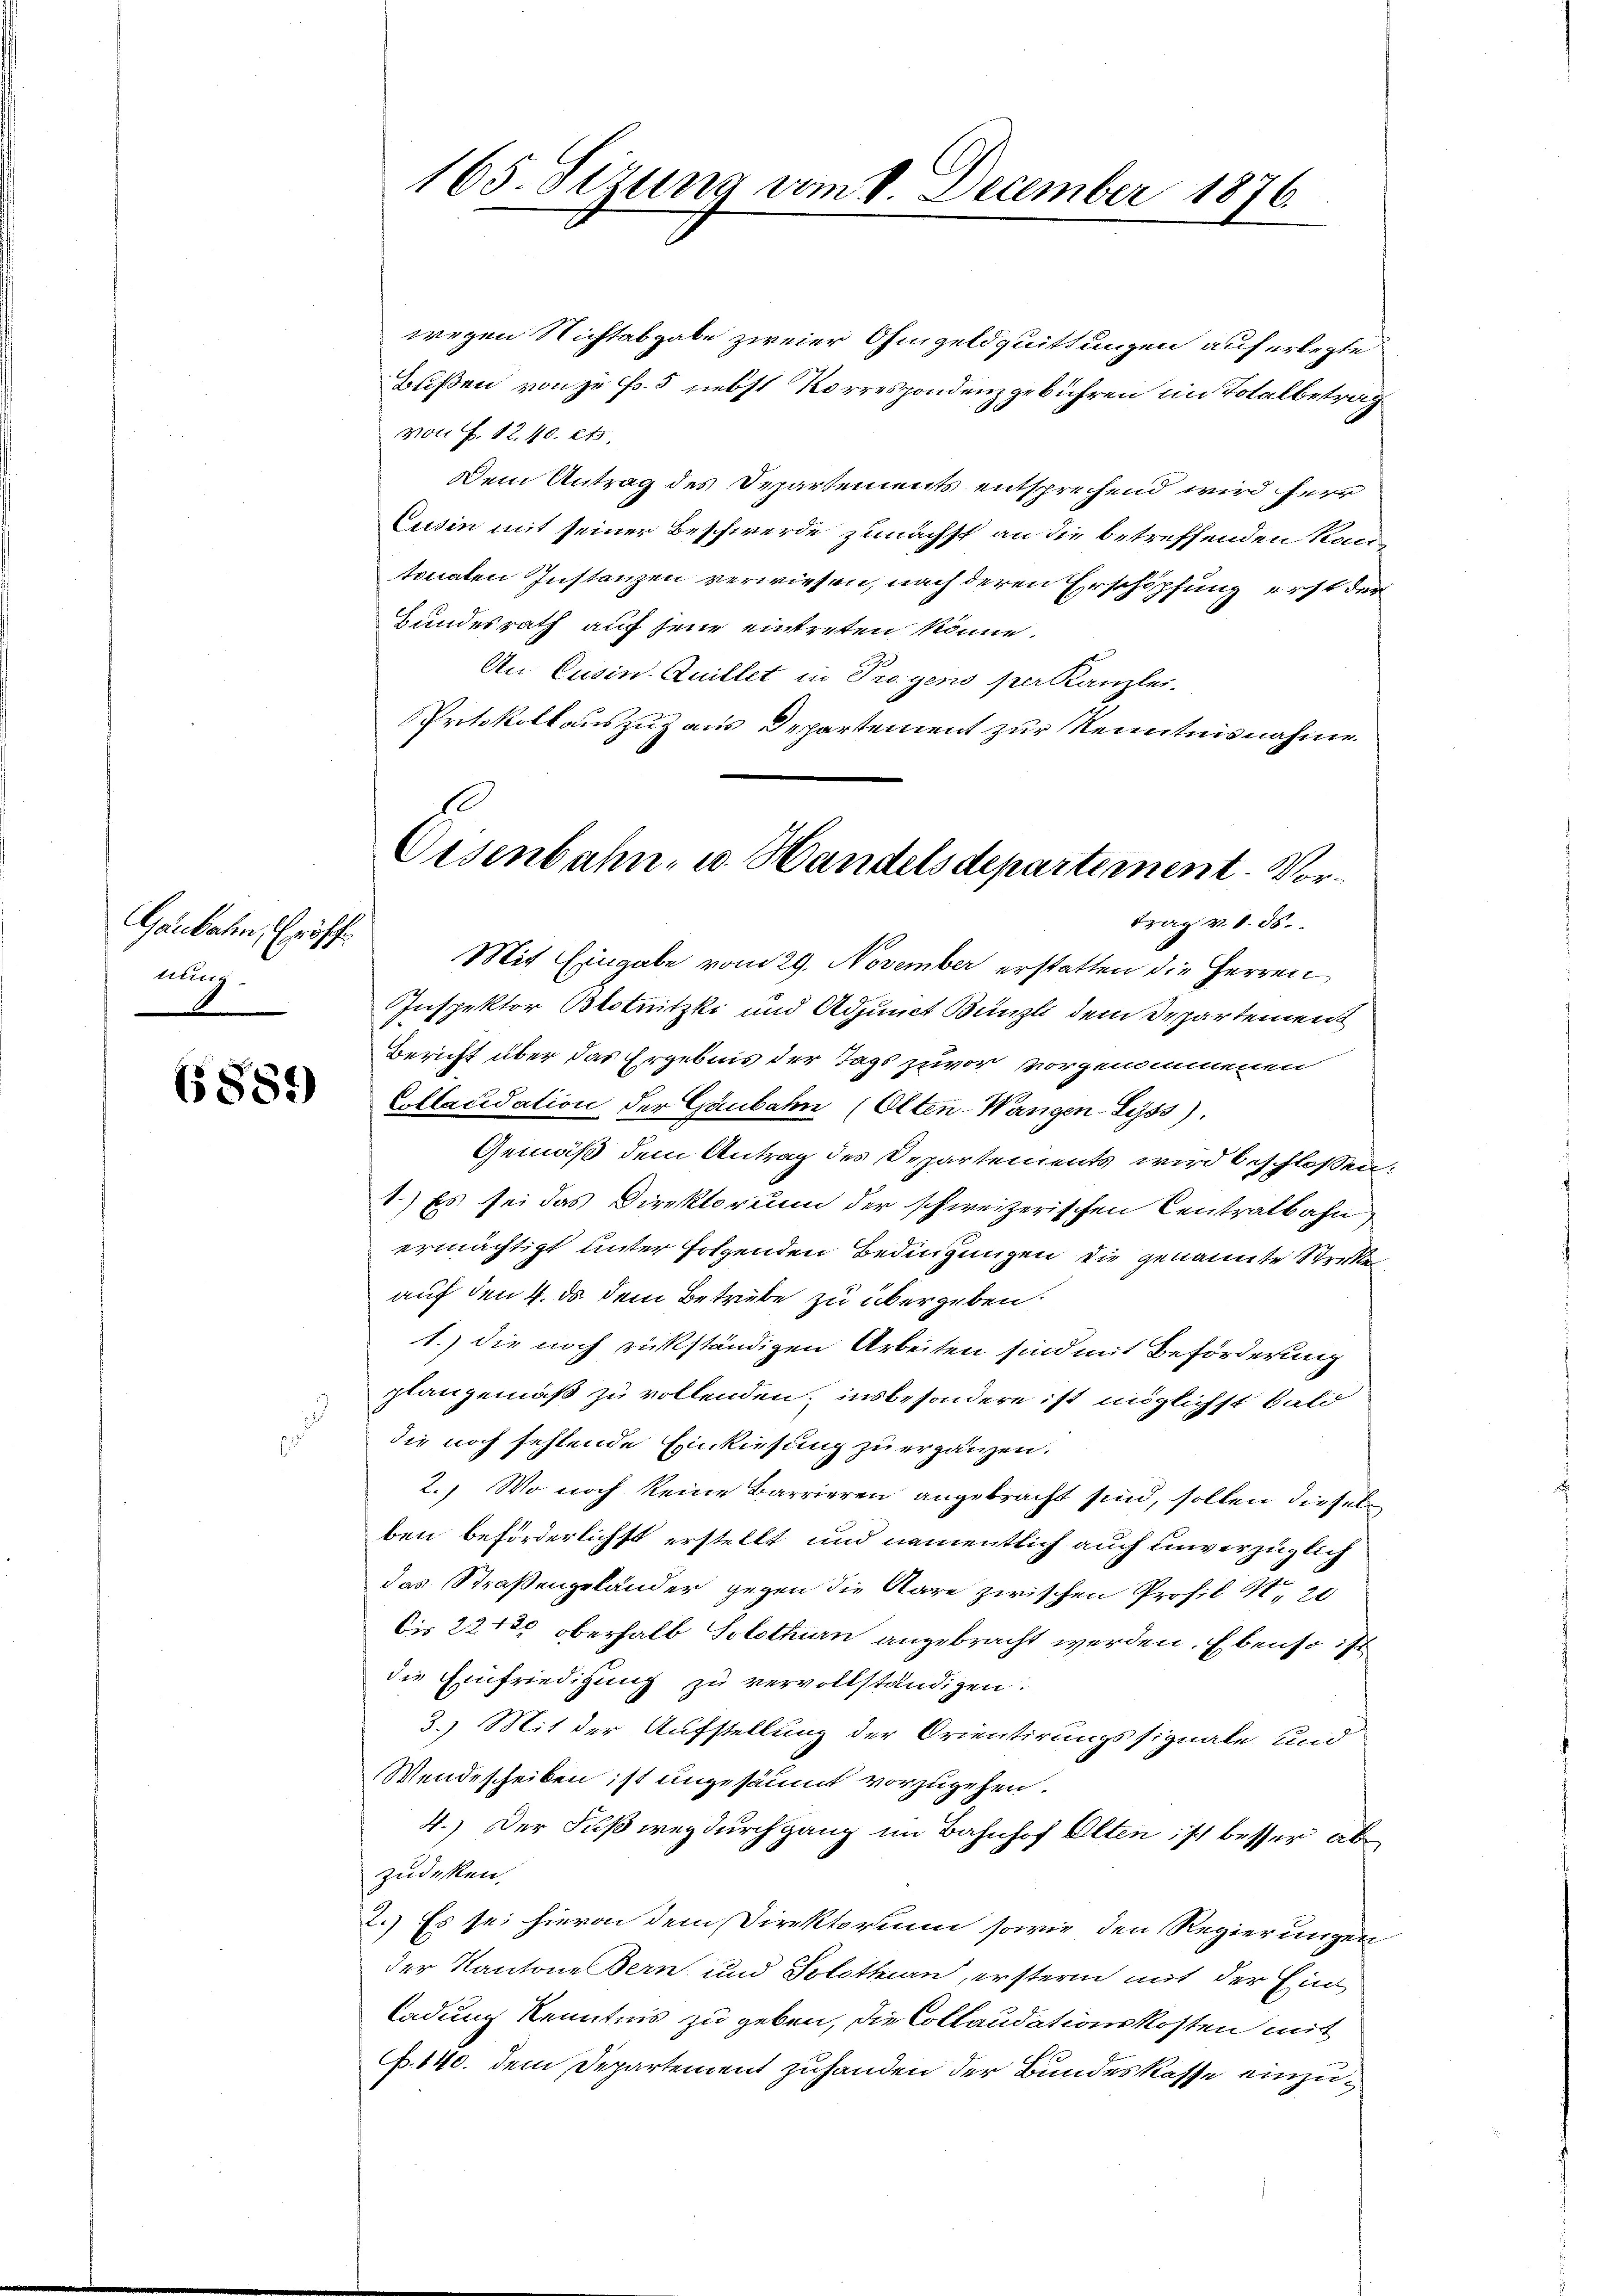
Gaubahn, Erösche
nung
8

(884)

165. Sizung vom 8. December 1876.

wegen Nichtabgabe zweier Ohmgeldquittungen auferlegte
Bußen von je Fr. 5 nebst Korrespondenz gebühren im Totalbetrag
von H. 12. 40. 21.
Dem Antrag des Departements entsprechend wird herr
Cusin mit seiner Beschwerde zunächst an die betreffenden Rautonalen Instanzen verwiesen, nach deren Erschöpfung erst der
Bundesrath auf jene eintreten könne.
An Cusin-Quillet in Trogens per Kanzlei-
Protokollauszuzaus Departement zur Kenntnisnahme
Mit Eingabe vom 29. November erstatten die Herren
Inspektor Blotnitzki und Adjunct Bünzli dem Departement
Bericht über das Ergebnis der Tags zuvor vorgenommenen
Ollacidation der Gaubahn (Olten-Wangen-Syss).
Gemäß dem Antrag des Departements wird beschloßen:
1.) Es sei das Direktorium der schweizerischen Centratbahn
ermächtigt unter folgenden Bedingungen die genannte Strette
auf den 4. ds. dem Betriebe zu übergeben:
1.) Die noch rückständigen Arbeiten sind mit Beförderung
plangemäß zu vollenden, insbesondere ist möglichst bald
die noch fehlende Einkiesung zu ergänzen.
2.) Wo noch keine Barrieren angebracht sind, sollen diesel
ben beförderlichst erstellt und namentlich auch unverzüglich
das Straßengelander gegen die Aare zwischen Profil 40, 20
bis 22400 oberhalb Solothurn angebracht werden. Ebenso ist
die Einfriedigung zu vervollständigen.
3.) Mit der Aufstellung der Orientirungssignale und
Wendescheiben ist ungesäumt vorzugehen.
4.) Der Fußweg durch ganz im Bahnhof Olten ist besser abe
zudeken.
2.) Es sei hievon dem Direktorum sowie den Regierungen
der Kantone Bern und Solothurn, erstern mit der Einladung Kenntnis zu geben, die Collaudationskosten mit
N. 140. dem Departement zuhanden der Bundeskasse einzu¬

Oisenbahn- u. Handelsdepartement. Vor¬
Frag v. 8. ds.